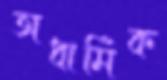
অধার্মিক